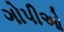
ગોપીઓ